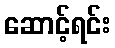
ဆောင့်ရင်း